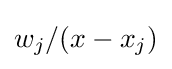
w_{j}/(x-x_{j})